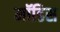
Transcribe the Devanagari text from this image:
मॉडिस